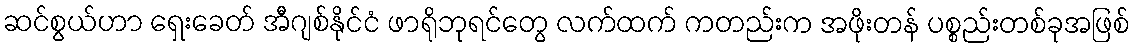
ဆင်စွယ်ဟာ ရှေးခေတ် အီဂျစ်နိုင်ငံ ဖာရိုဘုရင်တွေ လက်ထက် ကတည်းက အဖိုးတန် ပစ္စည်းတစ်ခုအဖြစ်